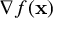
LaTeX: \nabla f ( \mathbf { x } )